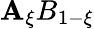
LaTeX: \mathbf{A}_{\xi}B_{1-{\xi}}